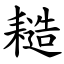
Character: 䎭